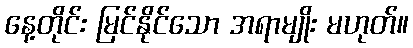
နေ့တိုင်း မြင်နိုင်သော အရာမျိုး မဟုတ်။